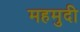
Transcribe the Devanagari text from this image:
महमुदी